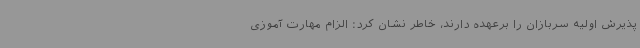
پذیرش اولیه سربازان را برعهده دارند، خاطر نشان کرد: الزام مهارت آموزی